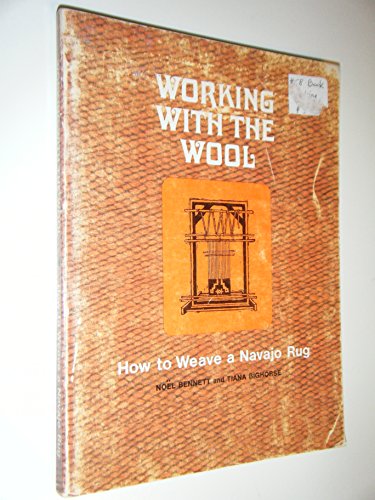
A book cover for Working With the Wool: How to Weave a Navajo Rug; Noel Bennett; Crafts, Hobbies & Home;